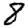
Digit: 8